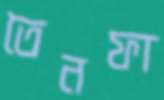
তৈনফা